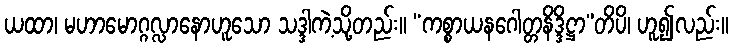
ယထာ၊ မဟာမောဂ္ဂလ္လာနောဟူသော သဒ္ဒါကဲ့သို့တည်း။ “ကစ္စာယနဂေါတ္တနိဒ္ဒိဋ္ဌာ”တိပိ၊ ဟူ၍လည်း။